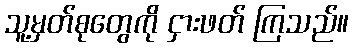
သူ့မှတ်စုတွေကို ငှားဖတ် ကြသည်။